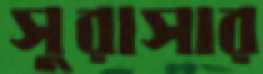
সুরাসার